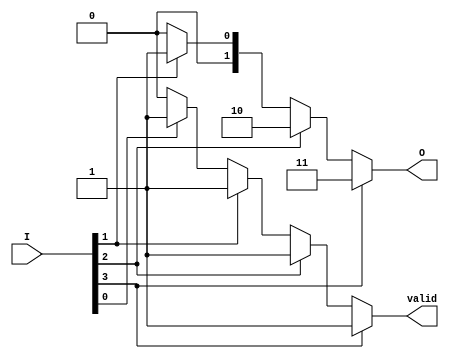
module relative_encoder (
    input wire [3:0] I,   // 4 input signals
    output reg [1:0] O,   // 2-bit output
    output reg valid       // Output valid signal
);

always @(*) begin
    // Default output values
    O = 2'b00;   // Default output for no active inputs
    valid = 1'b0; // Default valid signal

    // Priority encoding logic
    if (I[3] == 1'b1) begin
        O = 2'b11;   // I3 active
        valid = 1'b1;
    end
    else if (I[2] == 1'b1) begin
        O = 2'b10;   // I2 active
        valid = 1'b1;
    end
    else if (I[1] == 1'b1) begin
        O = 2'b01;   // I1 active
        valid = 1'b1;
    end
    else if (I[0] == 1'b1) begin
        O = 2'b00;   // I0 active
        valid = 1'b1;
    end
    // If no inputs are active, O remains 2'b00 and valid is 1'b0
end

endmodule